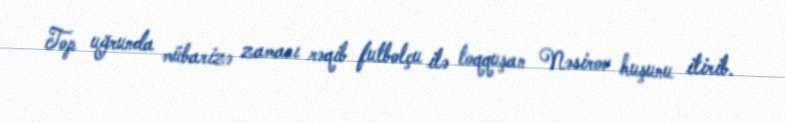
Top uğrunda mübarizə zamanı rəqib futbolçu ilə toqquşan Nəsirov huşunu itirib.